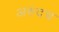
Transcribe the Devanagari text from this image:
अरुंदच